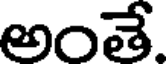
అంతే.